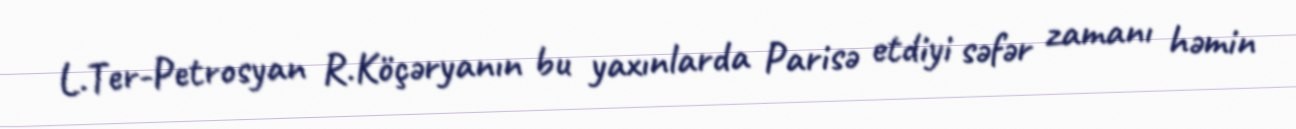
L.Ter-Petrosyan R.Köçəryanın bu yaxınlarda Parisə etdiyi səfər zamanı həmin